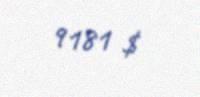
9181 $